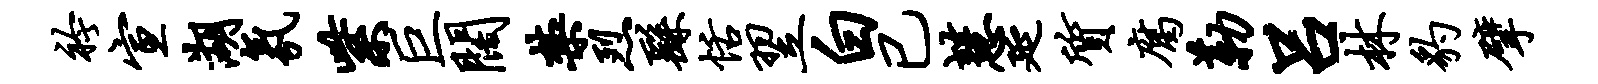
衿宣湖氛紫巨阔禁烈繇恬翌白已慧延质腐勒吕林豹擘